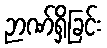
ဉာဏ်ရှိခြင်း